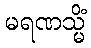
မရဏသ္မိံ